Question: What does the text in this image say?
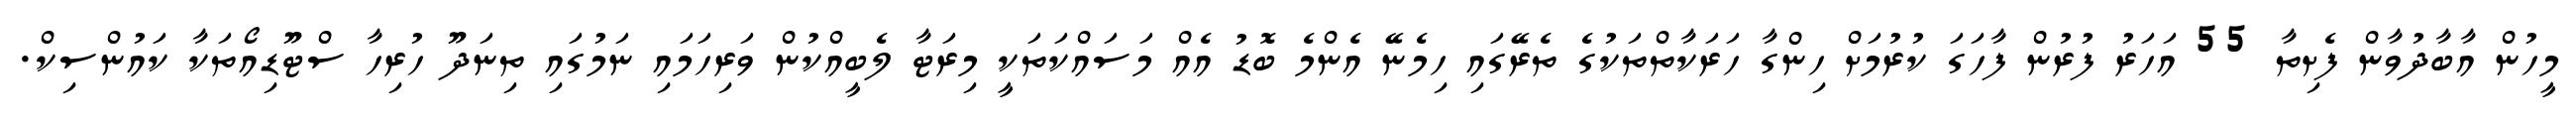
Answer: މީހުން އާބާދުވާން ފެށިތާ 55 އަހަރު ފުރުން ފާހަގަ ކުރުމަށް ހިންގާ ހަރަކާތްތަކުގެ ތެރޭގައި ހިމެނޭ އެންމެ ބޮޑު އެއް މަސައްކަތަކީ މިރަޓާ ލެބީއްކުން ވަރިހަމައި ނަމުގައި ތިނަދޫ ހުރިހާ ސްޓޫޑިއޯތަކާ ކައުންސިކް.